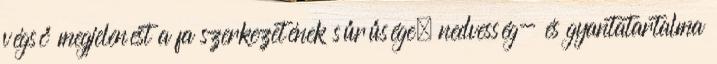
végső megjelenést a fa szerkezetének sűrűsége, nedvesség- és gyantatartalma